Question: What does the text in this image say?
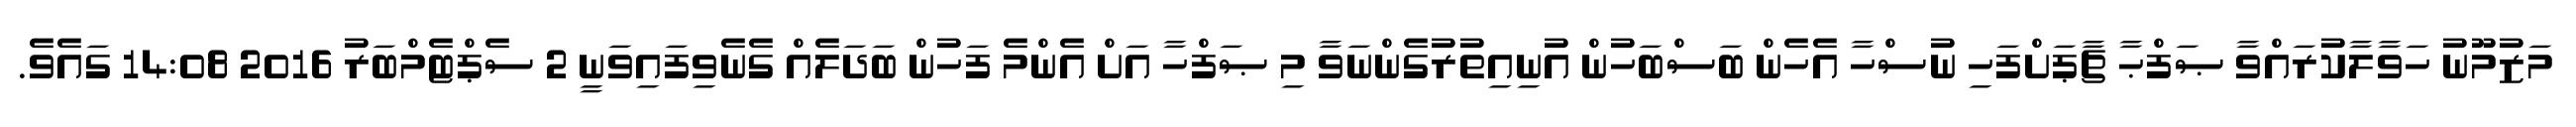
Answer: މަޒުމޫނު ހަވާލާކުރައްވާ ޞަފްޙާ ޗާޕަށްފަހި ނުސްހާ އެހެން ބަސްބަހުން އުނިއިތުރުގެންނަވާ މި ޞަފްހާ އަށް އެންމެ ފަހުން ބަދަލެއް ގެނެވިފައިވަނީ 2 ސެޕްޓެމްބަރު 2016 14:08 ގައެވެ.